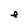
Character: e